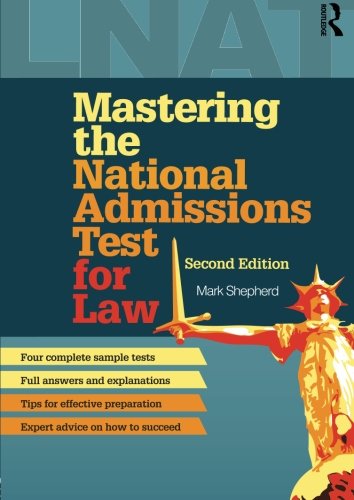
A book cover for Mastering the National Admissions Test for Law; Mark Shepherd; Test Preparation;